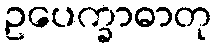
ဥပေက္ခာဓာတု